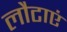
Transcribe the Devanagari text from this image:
लौटाएं